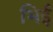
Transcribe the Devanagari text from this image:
भिई